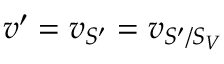
v ^ { \prime } = v _ { S ^ { \prime } } = v _ { S ^ { \prime } / S _ { V } }